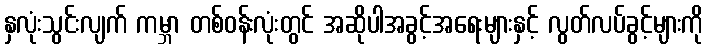
နှလုံးသွင်းလျက် ကမ္ဘာ တစ်ဝန်းလုံးတွင် အဆိုပါအခွင့်အရေးများနှင့် လွတ်လပ်ခွင့်များကို